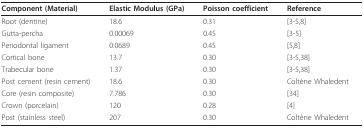
<table><thead><tr><td><b>Component (Material)</b></td><td><b>Elastic Modulus (GPa)</b></td><td><b>Poisson coefficient</b></td><td><b>Reference</b></td></tr></thead><tbody><tr><td>Root (dentine)</td><td>18.6</td><td>0.31</td><td>[3-5,8]</td></tr><tr><td>Gutta-percha</td><td>0.00069</td><td>0.45</td><td>[3-5]</td></tr><tr><td>Periodontal ligament</td><td>0.0689</td><td>0.45</td><td>[5,8]</td></tr><tr><td>Cortical bone</td><td>13.7</td><td>0.30</td><td>[3-5,38]</td></tr><tr><td>Trabecular bone</td><td>1.37</td><td>0.30</td><td>[3-5,38]</td></tr><tr><td>Post cement (resin cement)</td><td>18.6</td><td>0.30</td><td>Coltène Whaledent</td></tr><tr><td>Core (resin composite)</td><td>7.786</td><td>0.30</td><td>[34]</td></tr><tr><td>Crown (porcelain)</td><td>120</td><td>0.28</td><td>[4]</td></tr><tr><td>Post (stainless steel)</td><td>207</td><td>0.30</td><td>Coltène Whaledent</td></tr></tbody></table>